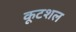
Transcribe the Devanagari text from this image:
कूटशल